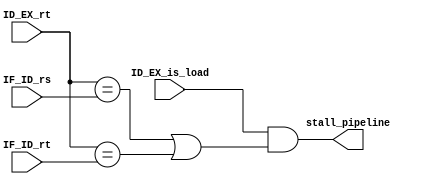
/***************************************************
 * Module: hazard_detection_unit
 * Project: core_lapido
 * Description: Modulo responsavel por identificar a
 * ocorrencia de load-use data hazards. Insere bolhas
 * no pipeline entre um load e a instrucao seguinte
 * se esta usar o dado carregado pela primeira.
 ***************************************************/
module hazard_detection_unit
(
    input ID_EX_is_load,
    input [4:0] ID_EX_rt,
    input [4:0] IF_ID_rs,
    input [4:0] IF_ID_rt,
    output stall_pipeline);

assign stall_pipeline = (ID_EX_is_load &&
                        ((ID_EX_rt == IF_ID_rs) ||
                        (ID_EX_rt == IF_ID_rt)));

endmodule // hazard_detection_unit